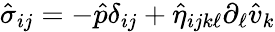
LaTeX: \hat{\sigma}_{ij}=-\hat{p}\delta_{ij}+\hat{\eta}_{ijk\ell}\partial_{\ell}\hat{v}_{k}